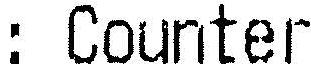
: COUNTER